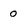
Character: 0